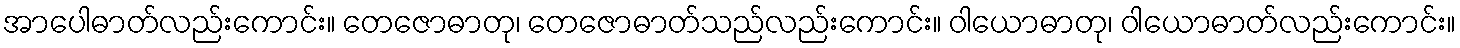
အာပေါဓာတ်လည်းကောင်း။ တေဇောဓာတု၊ တေဇောဓာတ်သည်လည်းကောင်း။ ဝါယောဓာတု၊ ဝါယောဓာတ်လည်းကောင်း။